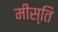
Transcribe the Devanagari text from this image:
मीस्ति